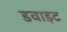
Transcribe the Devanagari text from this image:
डवाइट